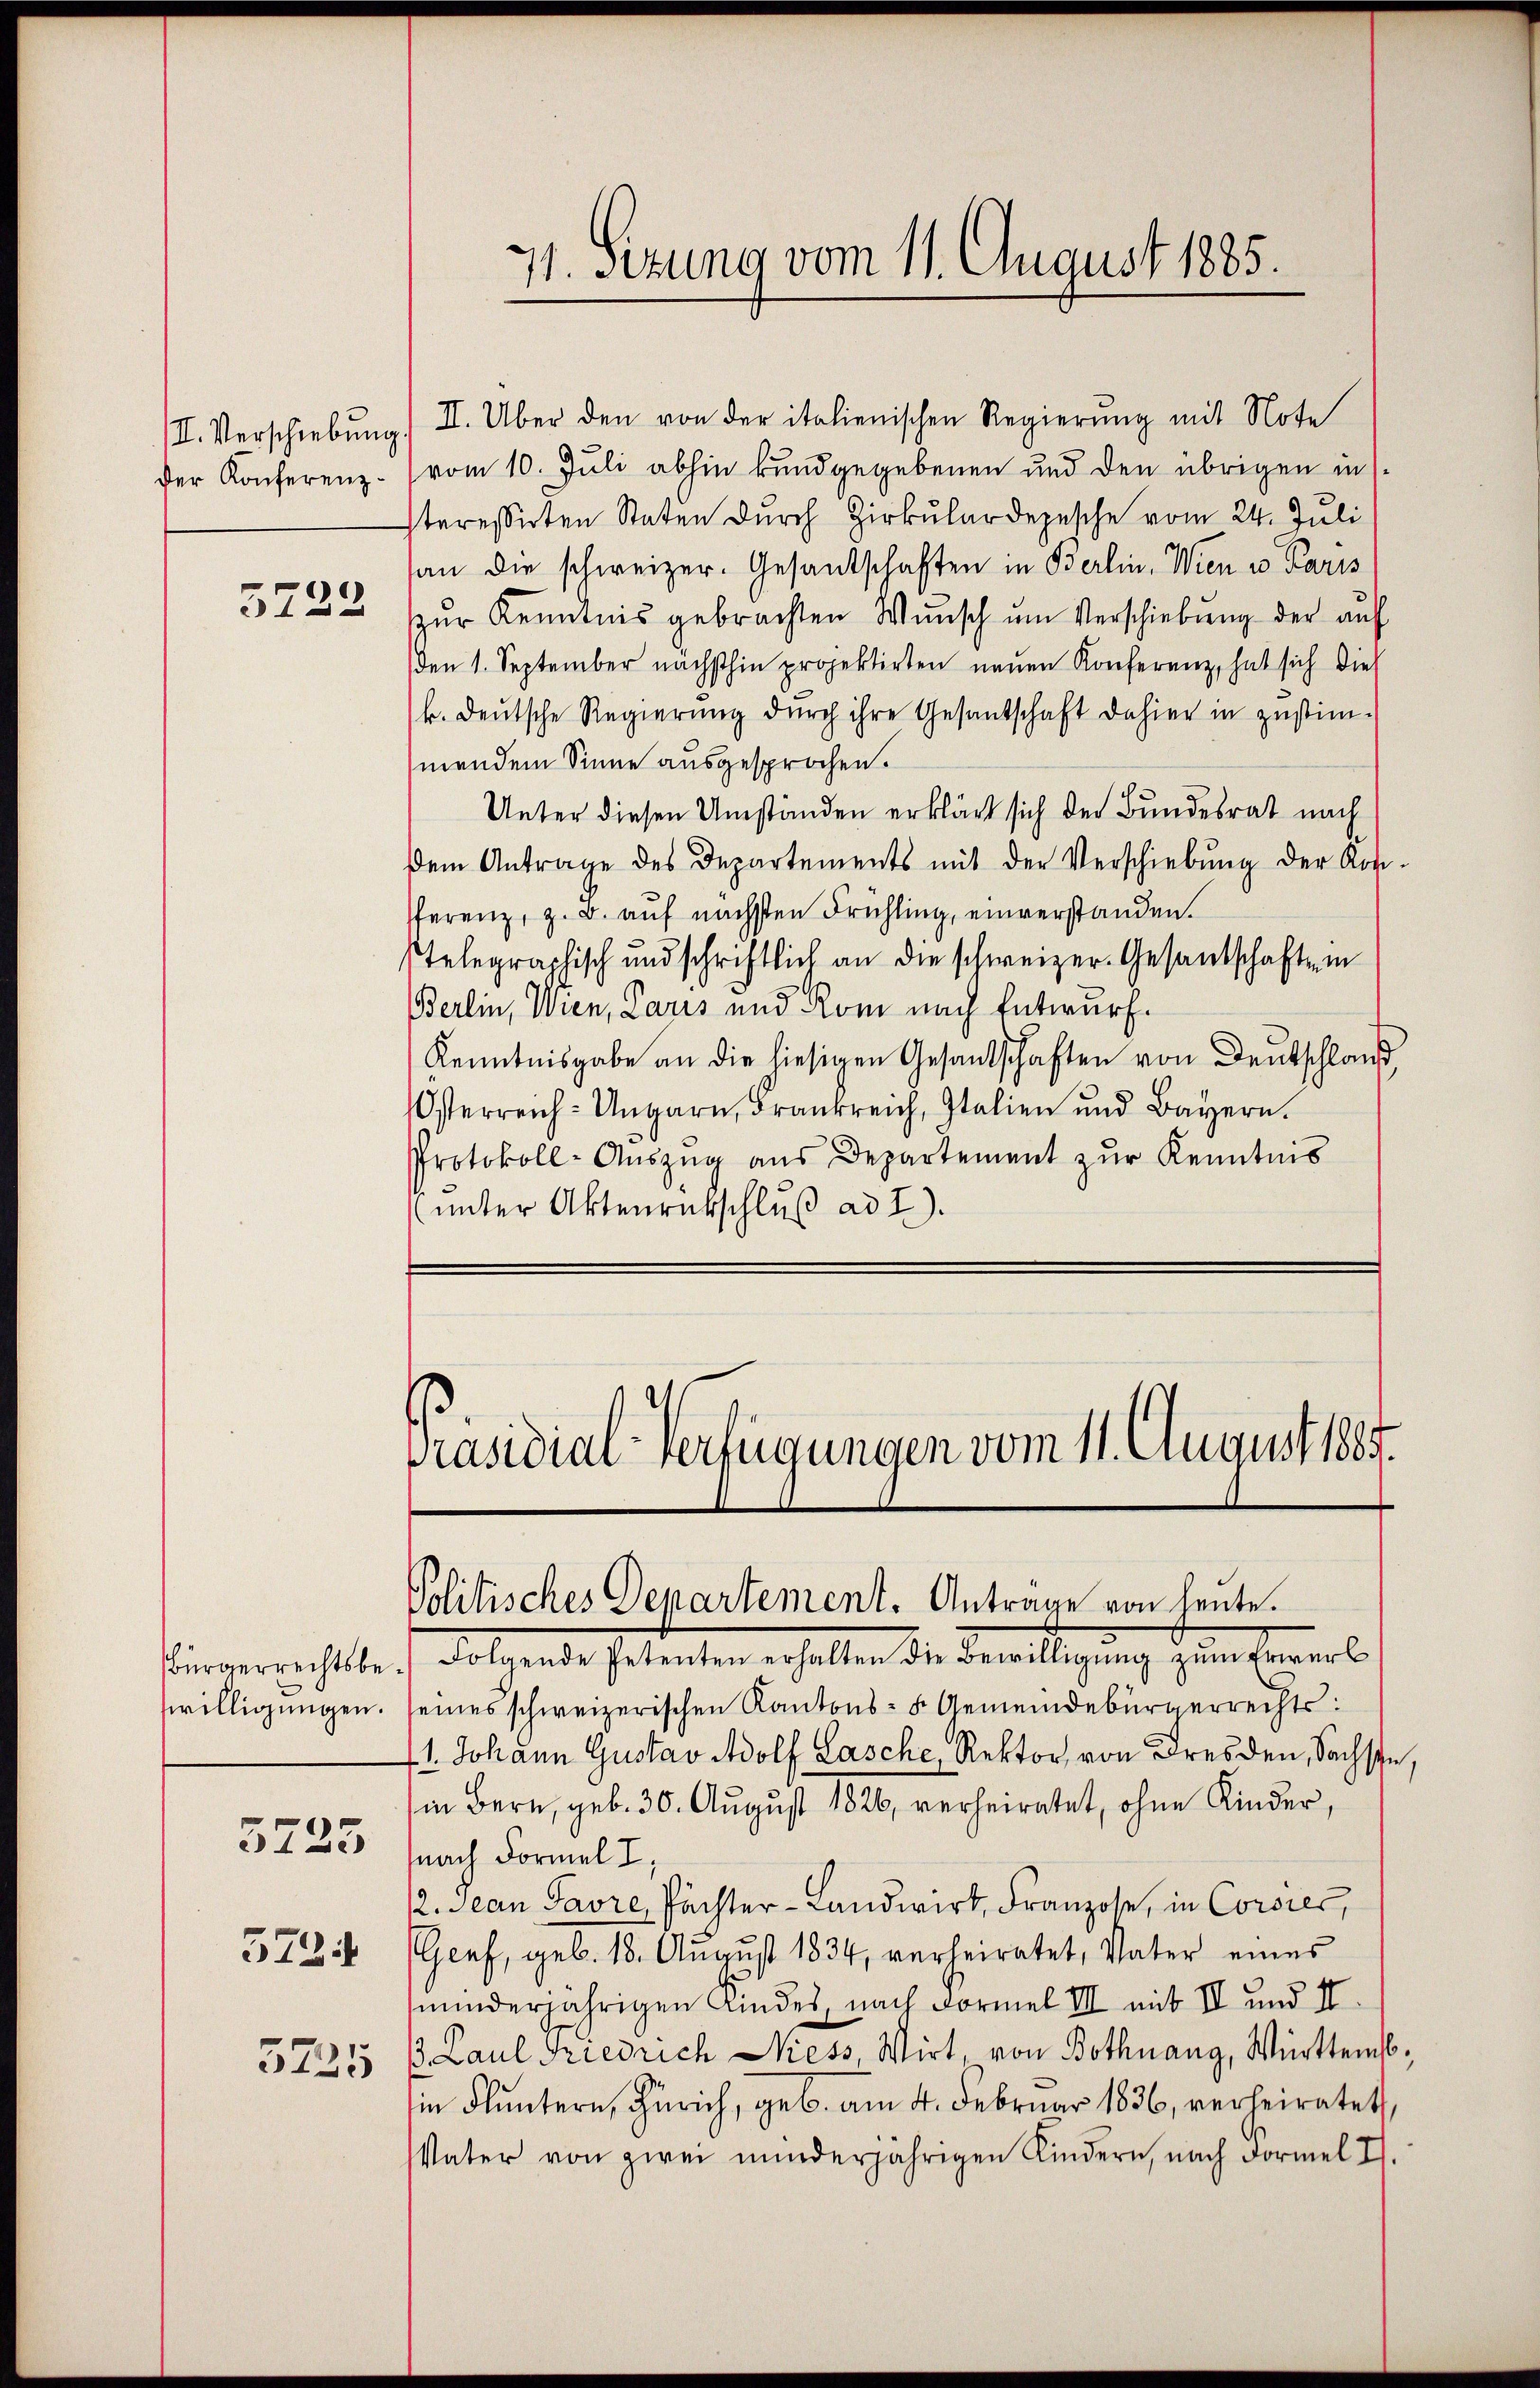
der Konferenz¬

5722

willigungen.
5725

5734

5225

71. Setzung vom 11. August 1885.

III. Verschiebung. II. Über den von der italienischen Regierŭng mit Note
vom 10. Juli abhin kundgegebenen und den übrigen in
steressirten Staten dŭrch Zirkŭlar depesche vom 24. Juli
an die schweizer. Gesandschaften in Berlin, Wien von Paris
ŭr Kenntnis gebrachten Wünsch ŭm Verschiebung der aŭf
den 1. September nächsthin projektirten neŭen Konferenz, hat sich die
k. deutsche Regierŭng dŭrch ihre Gesantschaft dahier in zustim-
mendem Sinne ausgesprochen.
Unter diesen Umständen erklärt sich der Bundesrat nach
dem Antrage des Departements mit der Verschiebŭng der Rosi-
ferenz, z. B. auf nächsten Frühling, einverstanden.
telegraphisch und schriftlich an die schweizer-Gesantschaft in
Berlin, Wien, Paris und Rom nach Entwurf.
Kenntnisgabe an die hiesigen Gesandschaften von Deutschlauf
Osterreich-Ungarn, Frankreich, Italien und Bayern.
Protokoll-Auszug aus Departement zur Kenntnis
(unter Aktenrückschluß ad I).

Präsidial-Verfügungen vom 11. August 1885.
Politisches Departement. Antrage von Leute.

Bürgerrechtsbe- Folgende Petenten erhalten die Bewilligŭng zŭm Erwerb
eines schweizerischen Kantons- u. Gemeindebürgerrechts:
11. Johann Gustav Adolf Lasche, Rektor von Dresden, Sachste,
in Bern, geb. 30. August 1826, verheiratet, ohne Kinder,
nach Formel I,
12. Jean Pavre, Pächter-Landwirt, Franzose, in Corsies,
Genf, geb. 18. August 1834, verheiratet, Vater eines
minderjährigen Kindes, nach Formel III mit II und II.
/. Paul Friedrich Niess, Wirt, von Bothnang, Württemb.
in Fluntern, Zürich, geb. am 4. Februar 1836, verheiratet,
Vater von zwei minderjährigen Kindern, nach Formel I.